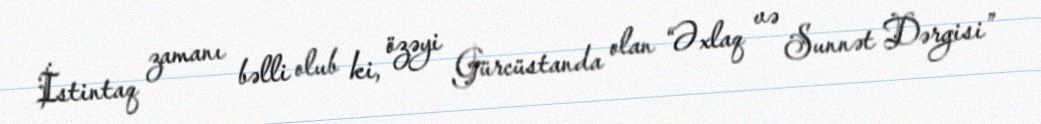
İstintaq zamanı bəlli olub ki, özəyi Gürcüstanda olan “Əxlaq və Sunnət Dərgisi”